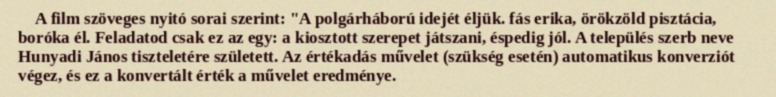
A film szöveges nyitó sorai szerint: "A polgárháború idejét éljük. fás erika, örökzöld pisztácia, boróka él. Feladatod csak ez az egy: a kiosztott szerepet játszani, éspedig jól. A település szerb neve Hunyadi János tiszteletére született. Az értékadás művelet (szükség esetén) automatikus konverziót végez, és ez a konvertált érték a művelet eredménye.